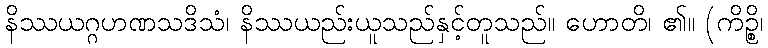
နိဿယဂ္ဂဟဏသဒိသံ၊ နိဿယည်းယူသည်နှင့်တူသည်။ ဟောတိ၊ ၏။ (ကိဉ္စိ၊